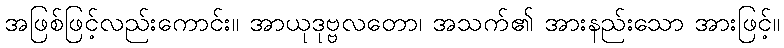
အဖြစ်ဖြင့်လည်းကောင်း။ အာယုဒုဗ္ဗလတော၊ အသက်၏ အားနည်းသော အားဖြင့်။